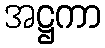
အဋ္ဌကာ